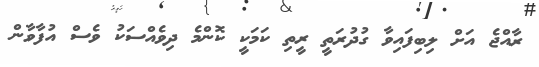
ރާއްޖެ އަށް ލިބިފައިވާ ގުދުރަތީ ރީތި ކަމަކީ ކޮންމެ ދިވެއްސަކު ވެސް އުފާވާން